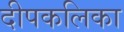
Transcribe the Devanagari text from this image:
दीपकलिका